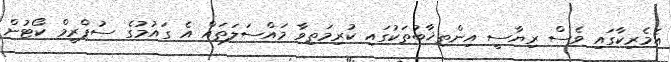
އެމެރިކާގައި ވެސް ރިޔާސީ އިންތިޚާބުތަކުގައި ކުރިމަތިވާ މައްސަލަތައް އެ ގައުމުގެ ސުޕްރީމް ކޯޓުން